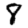
Digit: 8